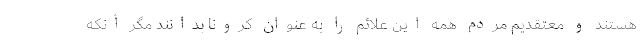
هستند و معتقدیم مردم همه این علائم را به عنوان کرونا بدانند مگر آنکه